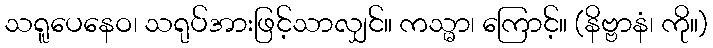
သရူပေနေဝ၊ သရုပ်အားဖြင့်သာလျှင်။ ကသ္မာ၊ ကြောင့်။ (နိဗ္ဗာနံ၊ ကို။)